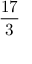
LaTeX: \frac { 1 7 } { 3 }